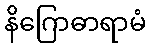
နိဂြောဓာရာမံ